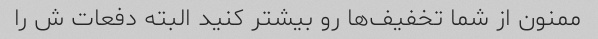
ممنون از شما تخفیف‌ها رو بیشتر کنید البته دفعات ش را